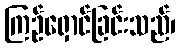
ကြဉ်ရှောင်ခြင်းသည်၊